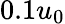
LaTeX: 0.1u_{0}